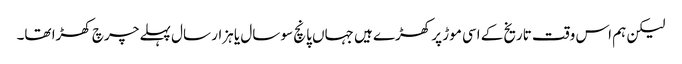
لیکن ہم اس وقت تاریخ کے اسی موڑ پر کھڑے ہیں جہاں پانچ سو سال یا ہزار سال پہلے چرچ کھڑا تھا۔